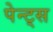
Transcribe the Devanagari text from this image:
पेन्ट्स